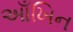
આઁખિન